Lunatic asylums Bombay report 1878-1890 - 1878-1890
Year: 1878
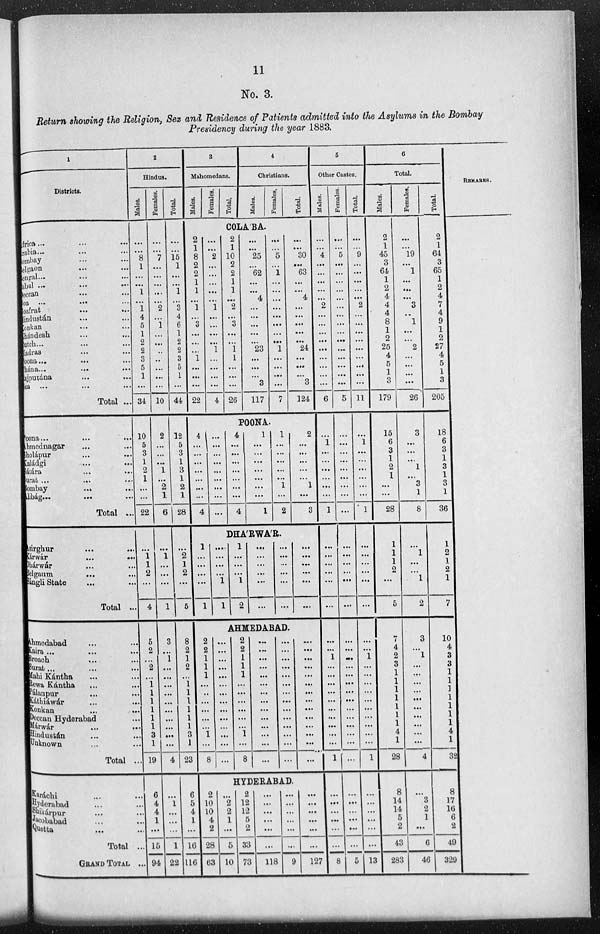
11
No. 3.
Return showing the Religion, Sex and Residence of Patients admitted into the Asylums in the Bombay
Presidency during the year 1883.
1
Districts.
Africa... ... ...
Arabia... ... ...
Bombay ... ...
Belgaon ... ...
Bengal... ...
Kabul ... ... ...
Deccan ... ...
Goa
...
...
Goafrat
...
...
Hindustán ... ...
Konkan
...
...
Khándesh ... ...
Kutch... ... ...
Madras ... ...
Poona...
...
...
Thána... ... ...
Rajputána
...
...
Sea ... ... ...
Total ...
Poona...
...
...
Ahmednagar ... ...
Sholápur ... ...
Kaládgi ... ...
Sátára ... ...
Surat ... ...
Bombay
...
...
Alibág...
...
Total ...
Asirghur
...
...
Kárwár
...
...
Dhárwár ... ...
Belgaum ... ...
Sángli State ... ...
Total ...
Ahmedabad ... ...
Kaira...
...
...
Broach ... ...
Surat... ...
Mahi Kántha ... ...
Rewa Kántha ... ...
Pálanpur ... ...
Káthiáwár
...
...
Konkan ... ...
Deccan Hyderabad
...
...
Márwár ... ...
Hindustán ... ...
Unknown ... ...
Total ...
Karáchi ... ...
Hyderabad ... ...
Shikárpur ... ...
Jacobabad ... ...
Quetta ... ....
Total ...
GRAND TOTAL ...
2
Hindus.
Males.
...
...
8
1
...
...
1
...
1
4
5
1
2
2
3
5
1
...
34
10
5
3
1
2
1
...
...
22
1
1 l
2
...
4
5
2
...
2
...
1 1
1
1
1
1
3
1
19
6
4
4
1
...
15
94
Females.
...
...
7
...
...
...
...
...
2
...
1
...
...
...
...
...
...
...
10
2
...
...
...
1
...
2
1
6
...
1
...
...
...
1
3
...
1 ...
...
...
...
...
...
...
...
...
...
4
...
1
...
...
...
1
22
Total.
...
...
15
1
...
...
1
...
3
4
6
1
2
2
3
5
1
...
44
12
5
3
1
3
1
2
1
28
...
2
1
2
...
5
8
2
1
2
...
1
1
1
1
1
1
3
1
23
6
5
4
1
...
16
116
3
Mahomedans.
Males.
Females.
Total.
4
Christians.
Males.
Females.
Total.
COLABA.
2
1
8
2
2
1
1
...
1
...
3
...
...
...
1
...
...
...
22
...
...
2
...
...
...
...
...
1
...
...
...
...
1
...
...
...
...
4
2
1
10
2
2
1
1
...
2
...
3
...
...
1
1
...
...
...
26
...
...
25
...
62
...
...
4
...
...
...
...
...
23
...
...
...
3
117
...
...
5
...
1
...
...
...
...
...
...
...
...
1
...
...
...
...
7
...
...
30
...
63
...
...
4
...
...
...
...
...
24
...
...
...
3
124
POONA.
4
...
...
...
...
...
...
...
4
...
...
...
...
...
...
...
...
...
4
...
...
...
...
...
...
...
4
1
...
...
...
...
...
...
...
1
1
...
...
...
...
...
1
...
2
2
...
...
...
...
...
1
...
3
DHARWAR.
1
...
...
...
...
1
...
...
...
...
...
1
1
..
..
...
1
2
...
...
...
...
...
...
...
...
...
...
...
...
...
...
...
...
...
...
AHMEDABAD.
2
2
1
1
1
...
...
...
...
... ...
1
...
8
...
...
...
...
...
...
...
...
...
...
...
...
...
...
2
2
1
1
1
...
...
..
...
...
...
1 ...
8
...
...
...
..
...
...
...
...
...
...
...
...
...
...
...
...
...
...
...
...
...
...
...
...
...
...
...
...
...
...
...
...
...
...
...
...
...
...
...
...
...
...
HYDERABAD.
2
10
10
4
2
28
63
...
2
2
1
...
5
10
2
12
12
5
2
33
73
...
...
...
...
...
...
118
...
...
...
...
...
...
9
...
...
...
...
...
...
127
5
Other Castes.
Males.
...
...
4
...
...
...
...
...
2
...
...
...
...
...
...
...
...
...
6
...
1
...
...
...
...
...
...
1
...
...
...
...
...
...
...
...
1
...
...
...
...
...
...
...
...
...
...
1
...
...
...
...
...
...
8
Females.
...
...
5
...
...
...
...
...
...
...
...
...
...
...
...
...
...
...
5
...
...
...
...
...
...
...
...
...
...
...
...
...
...
...
...
...
...
...
...
...
...
...
...
...
...
...
...
...
...
...
...
...
...
...
5
Total.
...
...
9
...
...
...
...
...
2
...
...
...
...
...
...
...
...
...
11
...
1
...
...
...
...
...
...
1
...
...
...
...
...
...
...
...
1
...
...
...
...
...
...
...
...
...
...
1
...
...
...
...
...
...
13
6
Total.
Males.
2
1
45
3
64
1
2
4
4
4
8
1
2
25
4
5
1
3
179
15
6
3
1
2
1
...
...
28
1
1
1
2
...
5
7
4
2
3
1
1
1
1
1
1
1
4
1
28
8
14
14
5
2
43
283
Females.
...
...
19
...
1
...
...
...
3
..
1
...
...
2
...
...
...
...
26
3
...
...
...
1
...
3
1
8
...
1
...
...
l
2
3
...
1
...
...
...
...
...
...
...
...
...
...
4
...
3
2
1
...
6
46
Total.
2
1
64
3
65
1
2
4
7
4
9
1
2
27
4
5
1
3
205
18
6
3
1
3
1
3
1
36
1
2
1
2
1
7
10
4
3
3
1
1
1
1
1
1
1
4
1
32
8
17
16
6
2
49
329
REMARKS.